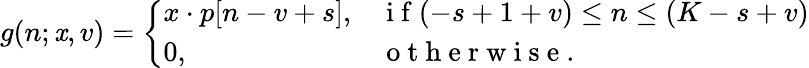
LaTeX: g(n;\mathit{x},v)=\left\{ \begin{array}{ll}{x\cdot p[n-v+s],}&{\mathrm{~i~f~}(-s+1+v)\leq n\leq(K-s+v)}\\ {0,}&{\mathrm{~o~t~h~e~r~w~i~s~e~.~}}\end{array}\right.